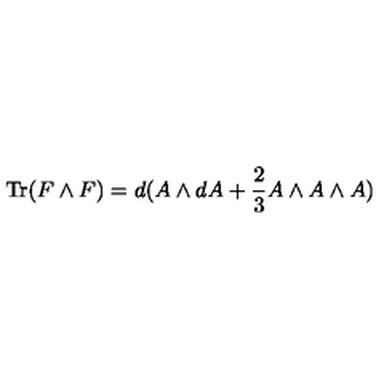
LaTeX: \mathrm { T r } ( F \wedge F ) = d ( A \wedge d A + { \frac { 2 } { 3 } } A \wedge A \wedge A )